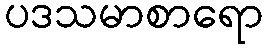
ပဒသမာစာရော